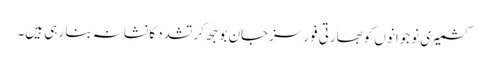
کشمیری نوجوانوں کوبھارتی فورسزجان بوجھ کرتشدد کا نشانہ بنا رہی ہیں۔